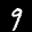
Label: 9